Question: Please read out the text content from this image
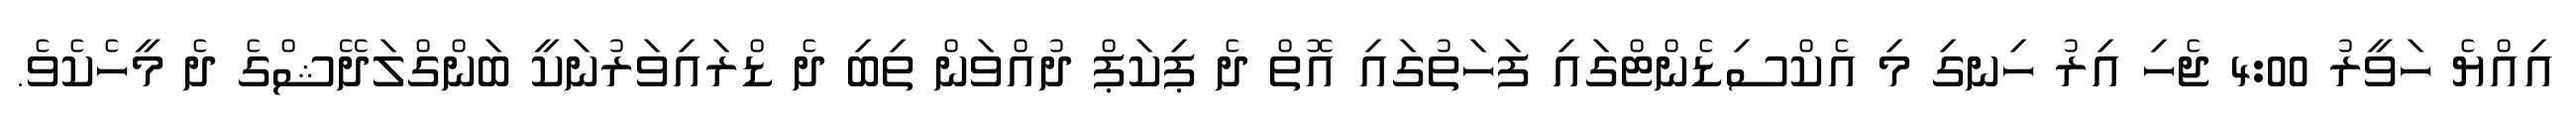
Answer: އިއްޔެ ހަވީރު 4:00 ޖެހި އިރު ހިނގި މި އެކްސިޑެންޓްގައި ފަހަތުގައި އޮތް ދެ ޕިކަޕް ދުއްވަން ތިބި ދެ ޑްރައިވަރުނަކީ ބަންގްލަދޭޝްގެ ދެ މީހެކެވެ.